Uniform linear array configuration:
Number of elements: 64
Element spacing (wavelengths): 0.5
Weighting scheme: kaiser
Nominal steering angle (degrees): -30
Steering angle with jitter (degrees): -29.283
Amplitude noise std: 0.05
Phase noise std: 0.05

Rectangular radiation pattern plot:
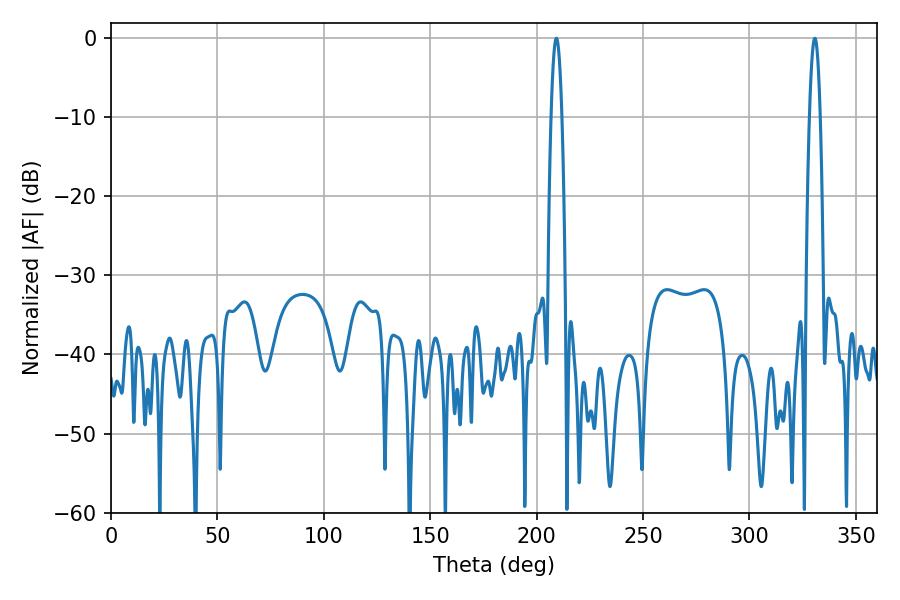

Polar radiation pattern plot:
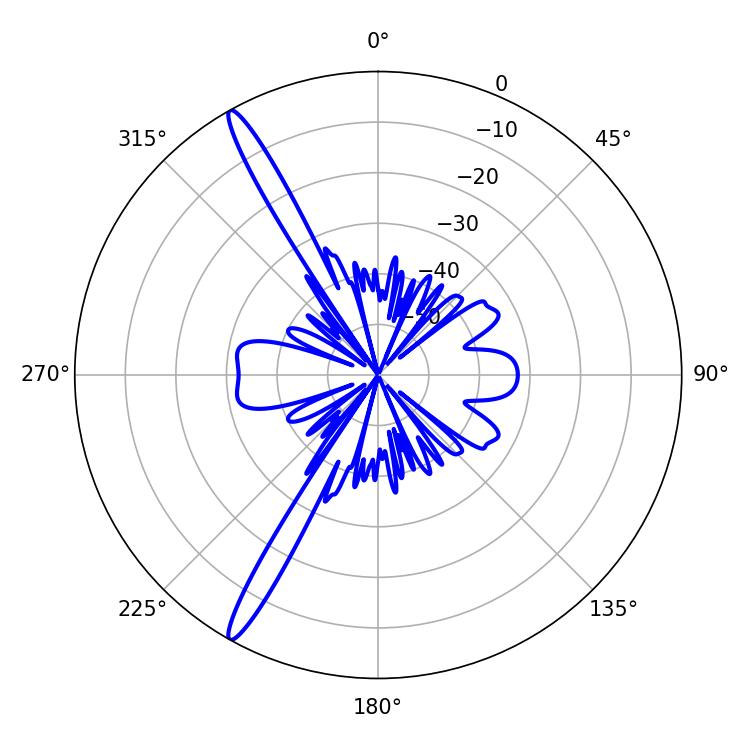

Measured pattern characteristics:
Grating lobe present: FALSE
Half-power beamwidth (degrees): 2.7
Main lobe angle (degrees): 330.66